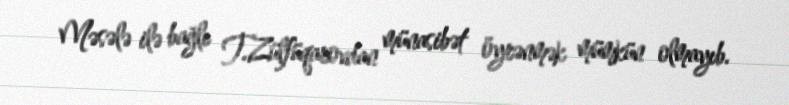
Məsələ ilə bağlı T.Zülfüqarovdan münasibət öyrənmək mümkün olmayıb.